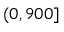
( 0 , 9 0 0 ]